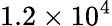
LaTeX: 1.2\times 10^{4}